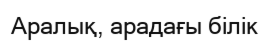
Аралық, арадағы білік